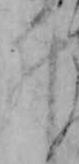
ゐ